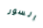
السور